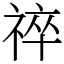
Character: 祽